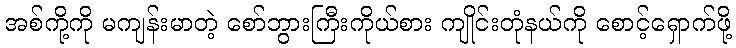
အစ်ကို့ကို မကျန်းမာတဲ့ စော်ဘွားကြီးကိုယ်စား ကျိုင်းတုံနယ်ကို စောင့်ရှောက်ဖို့